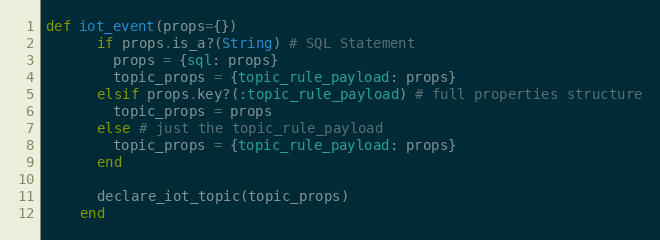
Language: Ruby
def iot_event(props={})
      if props.is_a?(String) # SQL Statement
        props = {sql: props}
        topic_props = {topic_rule_payload: props}
      elsif props.key?(:topic_rule_payload) # full properties structure
        topic_props = props
      else # just the topic_rule_payload
        topic_props = {topic_rule_payload: props}
      end

      declare_iot_topic(topic_props)
    end